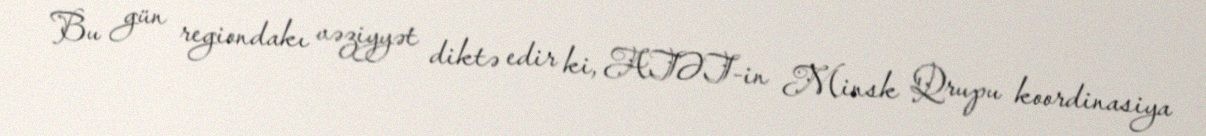
Bu gün regiondakı vəziyyət diktə edir ki, ATƏT-in Minsk Qrupu koordinasiya